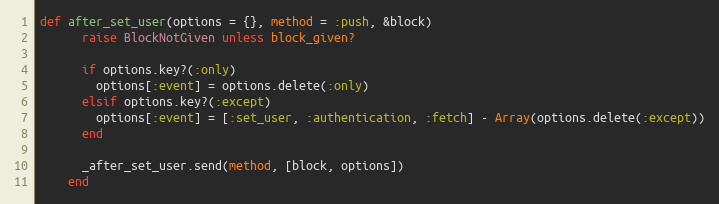
Language: Ruby
def after_set_user(options = {}, method = :push, &block)
      raise BlockNotGiven unless block_given?

      if options.key?(:only)
        options[:event] = options.delete(:only)
      elsif options.key?(:except)
        options[:event] = [:set_user, :authentication, :fetch] - Array(options.delete(:except))
      end

      _after_set_user.send(method, [block, options])
    end